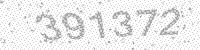
Solution: 391372